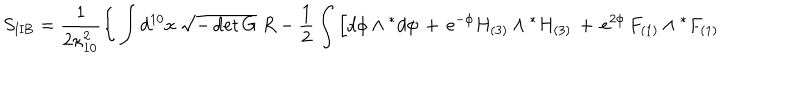
S _ { \mathrm { I I B } } = \frac { 1 } { 2 \kappa _ { 1 0 } ^ { 2 } } \Bigg \{ \int d ^ { 1 0 } x ~ \sqrt { - \det G } ~ R - \frac { 1 } { 2 } \int \Big [ d \phi \wedge { } ^ { * } d \phi \, + \, \mathrm { e } ^ { - \phi } H _ { ( 3 ) } \wedge { } ^ { * } H _ { ( 3 ) } \, + \, \mathrm { e } ^ { 2 \phi } \, F _ { ( 1 ) } \wedge { } ^ { * } F _ { ( 1 ) }